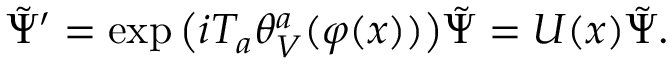
\tilde { \Psi } ^ { \prime } = \exp \big ( i T _ { a } \theta _ { V } ^ { a } ( \varphi ( x ) ) \big ) \tilde { \Psi } = U ( x ) \tilde { \Psi } .